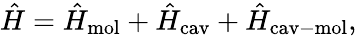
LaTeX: \hat{H}=\hat{H}_{\mathrm{mol}}+\hat{H}_{\mathrm{cav}}+\hat{H}_{\mathrm{cav-mol}},